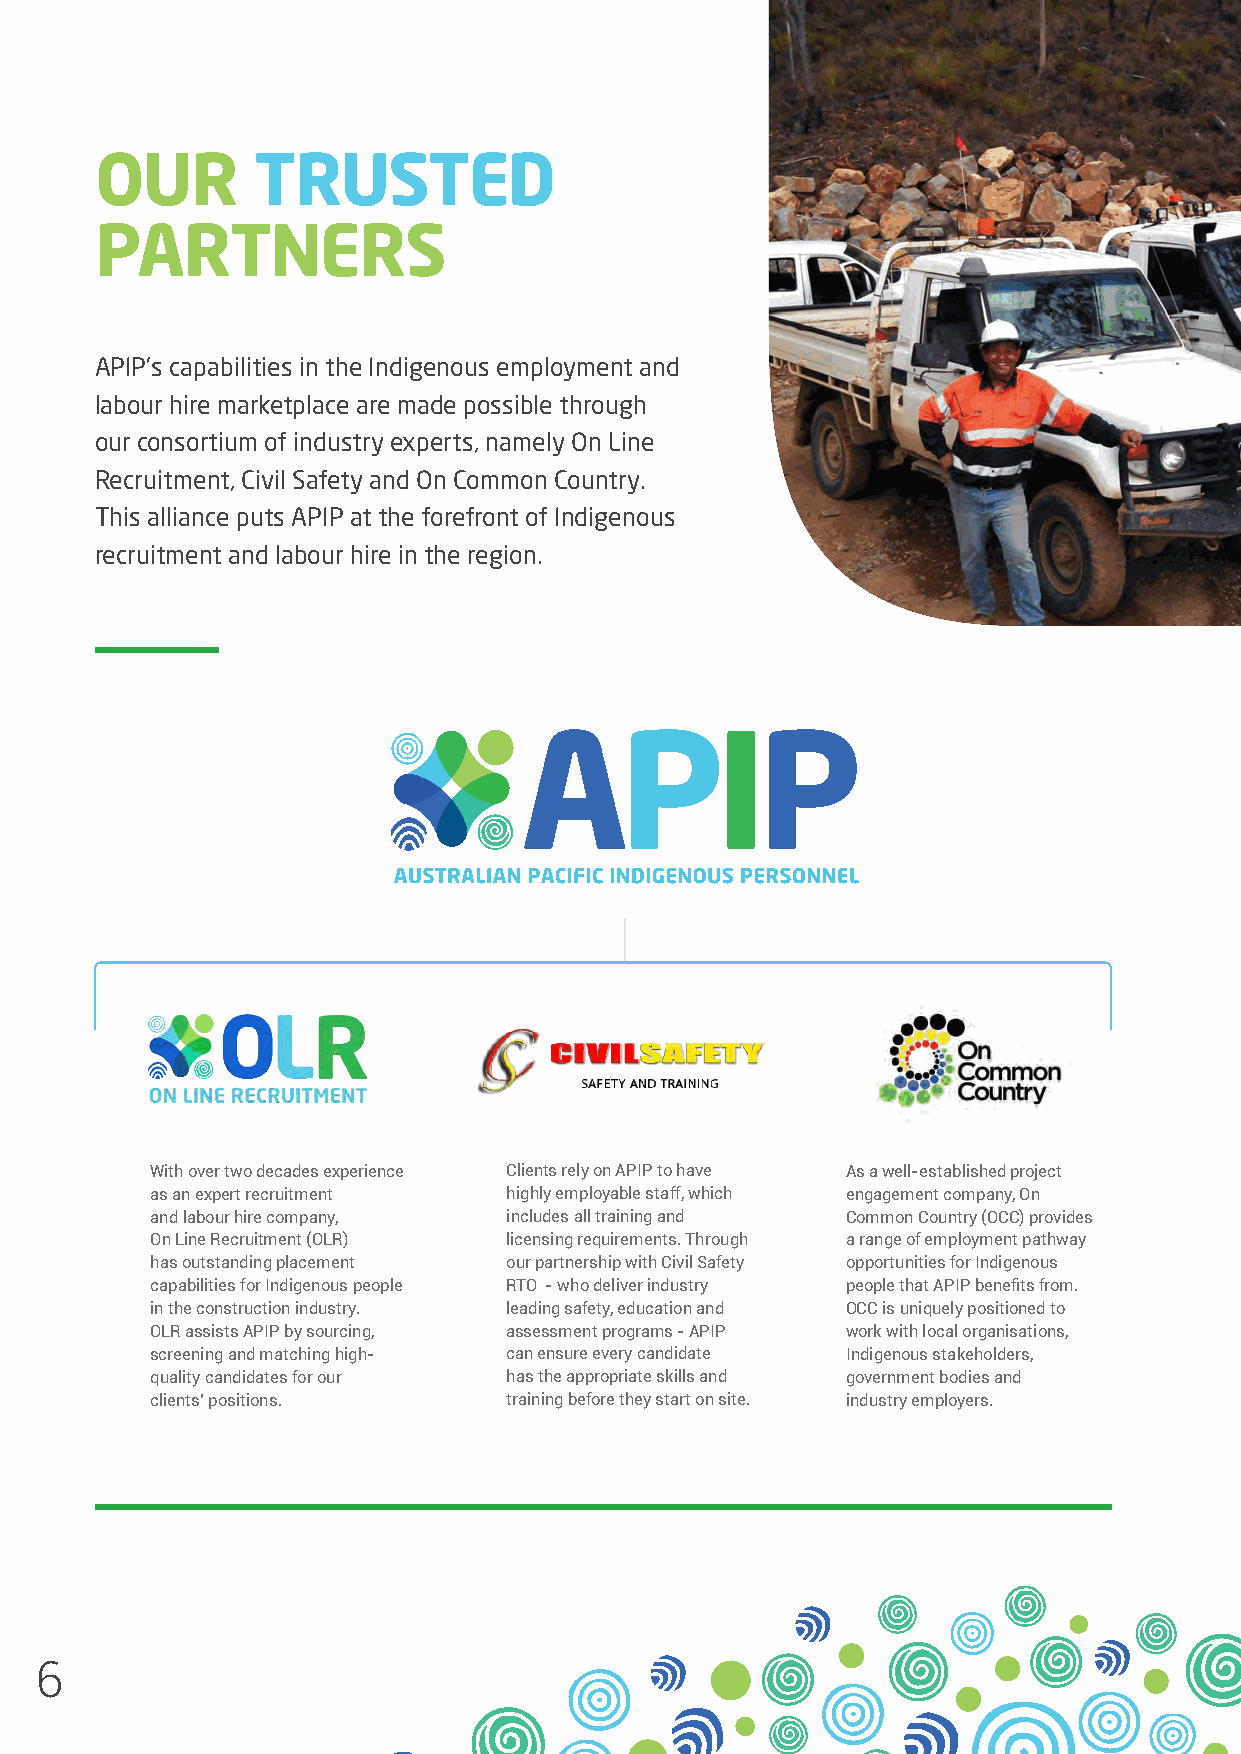
OUR        TRUSTED
 PARTNERS
 APIP’s capabilities in the Indigenous employment and
 labour hire marketplace are made possible through
 our consortium of industry experts, namely On Line
 Recruitment, Civil Safety and On Common Country.
 This alliance puts APIP at the forefront of Indigenous
 recruitment and labour hire in the region.
 With over two decades experience Clients rely on APIP to have As a well-established project
 as an expert recruitment highly employable staff, which engagement company, On
 and labour hire company, includes all training and Common Country (OCC) provides
 On Line Recruitment (OLR) licensing requirements. Through a range of employment pathway
 has outstanding placement our partnership with Civil Safety opportunities for Indigenous
 capabilities for Indigenous people RTO - who deliver industry people that APIP benefits from.
 in the construction industry. leading safety, education and OCC is uniquely positioned to
 OLR assists APIP by sourcing, assessment programs - APIP work with local organisations,
 screening and matching high- can ensure every candidate Indigenous stakeholders,
 quality candidates for our has the appropriate skills and government bodies and
 clients’ positions.     training before they start on site. industry employers.
 6